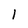
Character: 1